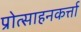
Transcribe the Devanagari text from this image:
प्रोत्साहनकर्त्ता